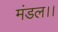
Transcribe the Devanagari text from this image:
मंडल।।